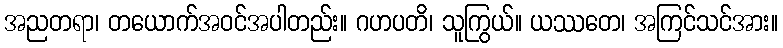
အညတရာ၊ တယောက်အဝင်အပါတည်း။ ဂဟပတိ၊ သူကြွယ်။ ယဿတေ၊ အကြင်သင်အား။